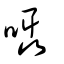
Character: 囁